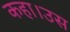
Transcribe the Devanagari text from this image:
कहा।उस